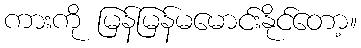
ကားကို မြန်မြန်မမောင်းနိုင်တော့။